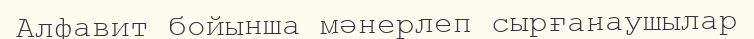
Алфавит бойынша мәнерлеп сырғанаушылар